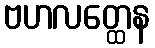
ဗဟလတ္ထေန